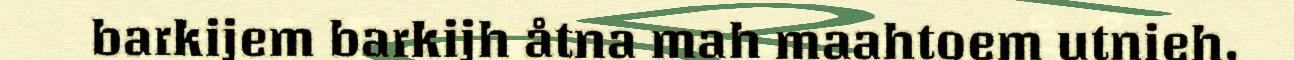
barkijem barkijh åtna mah maahtoem utnieh,